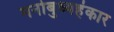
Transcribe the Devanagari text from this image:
मनोबुध्यहंकार